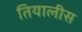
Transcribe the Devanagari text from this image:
तियालीस